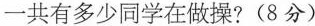
一共有多少同学在做操? (8分)